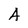
Character: A